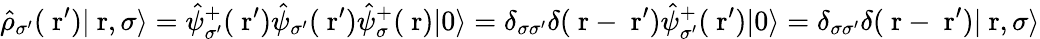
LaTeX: \hat{\rho}_{\sigma^{\prime}}(\mathrm{\mathbf~r}^{\prime})|\mathrm{\mathbf~r},\sigma\rangle=\hat{\psi}_{\sigma^{\prime}}^{+}(\mathrm{\mathbf~r}^{\prime})\hat{\psi}_{\sigma^{\prime}}(\mathrm{\mathbf~r}^{\prime})\hat{\psi}_{\sigma}^{+}(\mathrm{\mathbf~r})|0\rangle=\delta_{\sigma\sigma^{\prime}}\delta(\mathrm{\mathbf~r}-\mathrm{\mathbf~r}^{\prime})\hat{\psi}_{\sigma^{\prime}}^{+}(\mathrm{\mathbf~r}^{\prime})|0\rangle=\delta_{\sigma\sigma^{\prime}}\delta(\mathrm{\mathbf~r}-\mathrm{\mathbf~r}^{\prime})|\mathrm{\mathbf~r},\sigma\rangle